Lunatic asylums Bombay report 1891-1903 - 1891-1903
Year: 1891
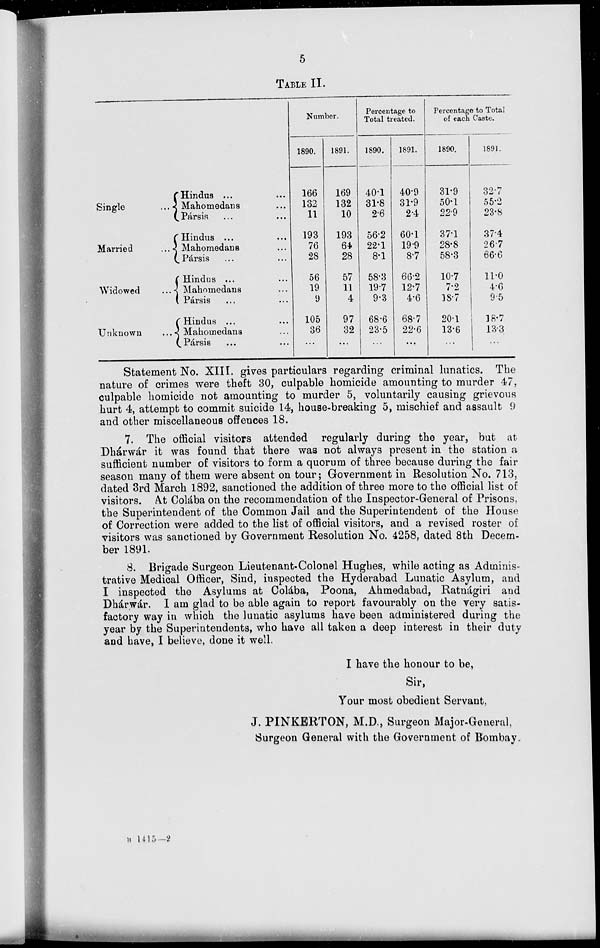
5
TABLE II.
Single ...
Married
...
Widowed ...
Unknown
...
Hindus ...
Mahomedans ...
Pársis ... ...
Hindus ... ...
Mahomedans ...
Pársis ... ...
Hindus ... ...
Mahomedans ...
Pársis ... ...
Hindus ... ...
Mahomedans ...
Pársis ... ...
Number.
1890.
166
132
11
193
76
28
56
19
9
105
36
...
1891.
169
132
10
193
64
28
57
11
4
97
32
...
Percentage to
Total treated.
1890.
40.1
31.8
2.6
56.2
22.1
8.1
58.3
19.7
9.3
68.6
23.5
...
1891.
40.9
31.9
2.4
60.1
19.9
8.7
66.2
12.7
4.6
68.7
22.6
...
Percentage to Total
of each Caste.
1890.
31.9
50.1
22.9
37.1
28.8
58.3
10.7
7.2
18.7
20.1
13.6
...
1891.
32.7
55.2
23.8
37.4
26.7
66.6
11.0
4.6
9.5
18.7
13.3
...
Statement No. XIII. gives particulars regarding criminal lunatics. The
nature of crimes were theft 30, culpable homicide amounting to murder 47,
culpable homicide not amounting to murder 5, voluntarily causing grievous
hurt 4, attempt to commit suicide 14, house-breaking 5, mischief and assault 9
and other miscellaneous offences 18.
7. The official visitors attended regularly during the year, but at
Dhárwár it was found that there was not always present in the station a
sufficient number of visitors to form a quorum of three because during the fair
season many of them were absent on tour; Government in Resolution No. 713,
dated 3rd March 1892, sanctioned the addition of three more to the official list of
visitors. At Colába on the recommendation of the Inspector-General of Prisons,
the Superintendent of the Common Jail and the Superintendent of the House
of Correction were added to the list of official visitors, and a revised roster of
visitors was sanctioned by Government Resolution No. 4258, dated 8th Decem-
ber 1891.
8. Brigade Surgeon Lieutenant-Colonel Hughes, while acting as Adminis-
trative Medical Officer, Sind, inspected the Hyderabad Lunatic Asylum, and
I inspected the Asylums at Colába, Poona, Ahmedabad, Ratnágiri and
Dhárwár. I am glad to be able again to report favourably on the very satis-
factory way in which the lunatic asylums have been administered during the
year by the Superintendents, who have all taken a deep interest in their duty
and have, I believe, done it well.
I have the honour to be,
Sir,
Your most obedient Servant,
J. PINKERTON, M.D., Surgeon Major-General,
Surgeon General with the Government of Bombay.
B 1415-2